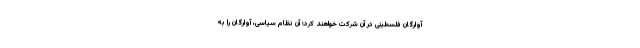
آوارگان فلسطینی در آن شرکت خواهند کرد؛ آن نظام سیاسی، آوارگان را به